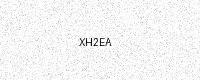
Text: XH2EA